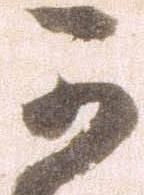
可